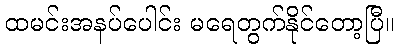
ထမင်းအနပ်ပေါင်း မရေတွက်နိုင်တော့ပြီ။